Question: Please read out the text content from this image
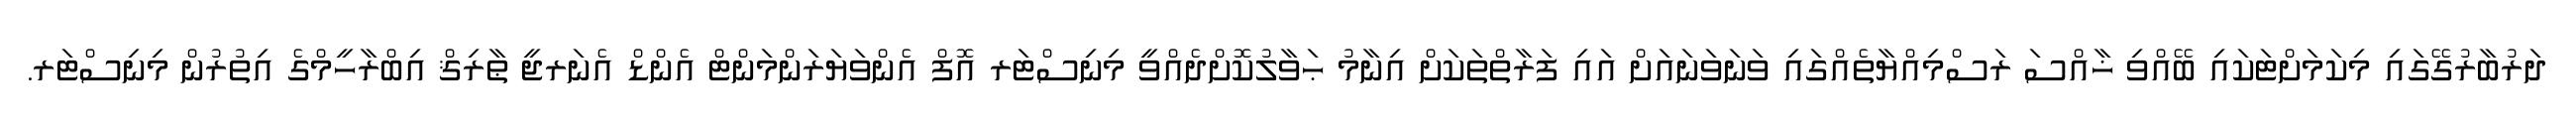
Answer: ދަރުބާރުގޭގައި މިކަމަށްޓަކައި ބޭއްވި ޚާއްސަ ރަސްމިއްޔާތެއްގައި ވަނަވަނައަށް އައި ފަރާތްތަކަށް އިނާމު ޙަވާލުކޮށްދެއްވީ މިނިސްޓަރ އޮފް އެންވަޔަރަންމަންޓް އެންޑް އެނަރޖީ ޠާރިޤް އިބްރާހީމްގެ އިތުރުން މިނިސްޓަރ.